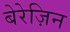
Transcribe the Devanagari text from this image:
बेरेज़िन